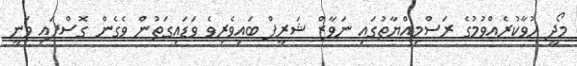
މޯދީ ހުވާކުރެއްވުމުގެ ރަސްމިއްޔާތުގައި ނަވާޒް ޝަރީފް ބައިވެރިވެ ވަޑައިގަތުން ވެގެން ގޮސްފައި ވަނީ